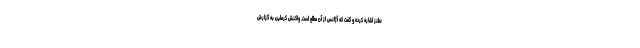
نطنز اشاره کرده و گفت که آژانس از آن مطلع است. واکنش کرملین به گزارش